65_HS1-834228961_62-HQ-83894_Section_5
Agency: FBI
Page 105
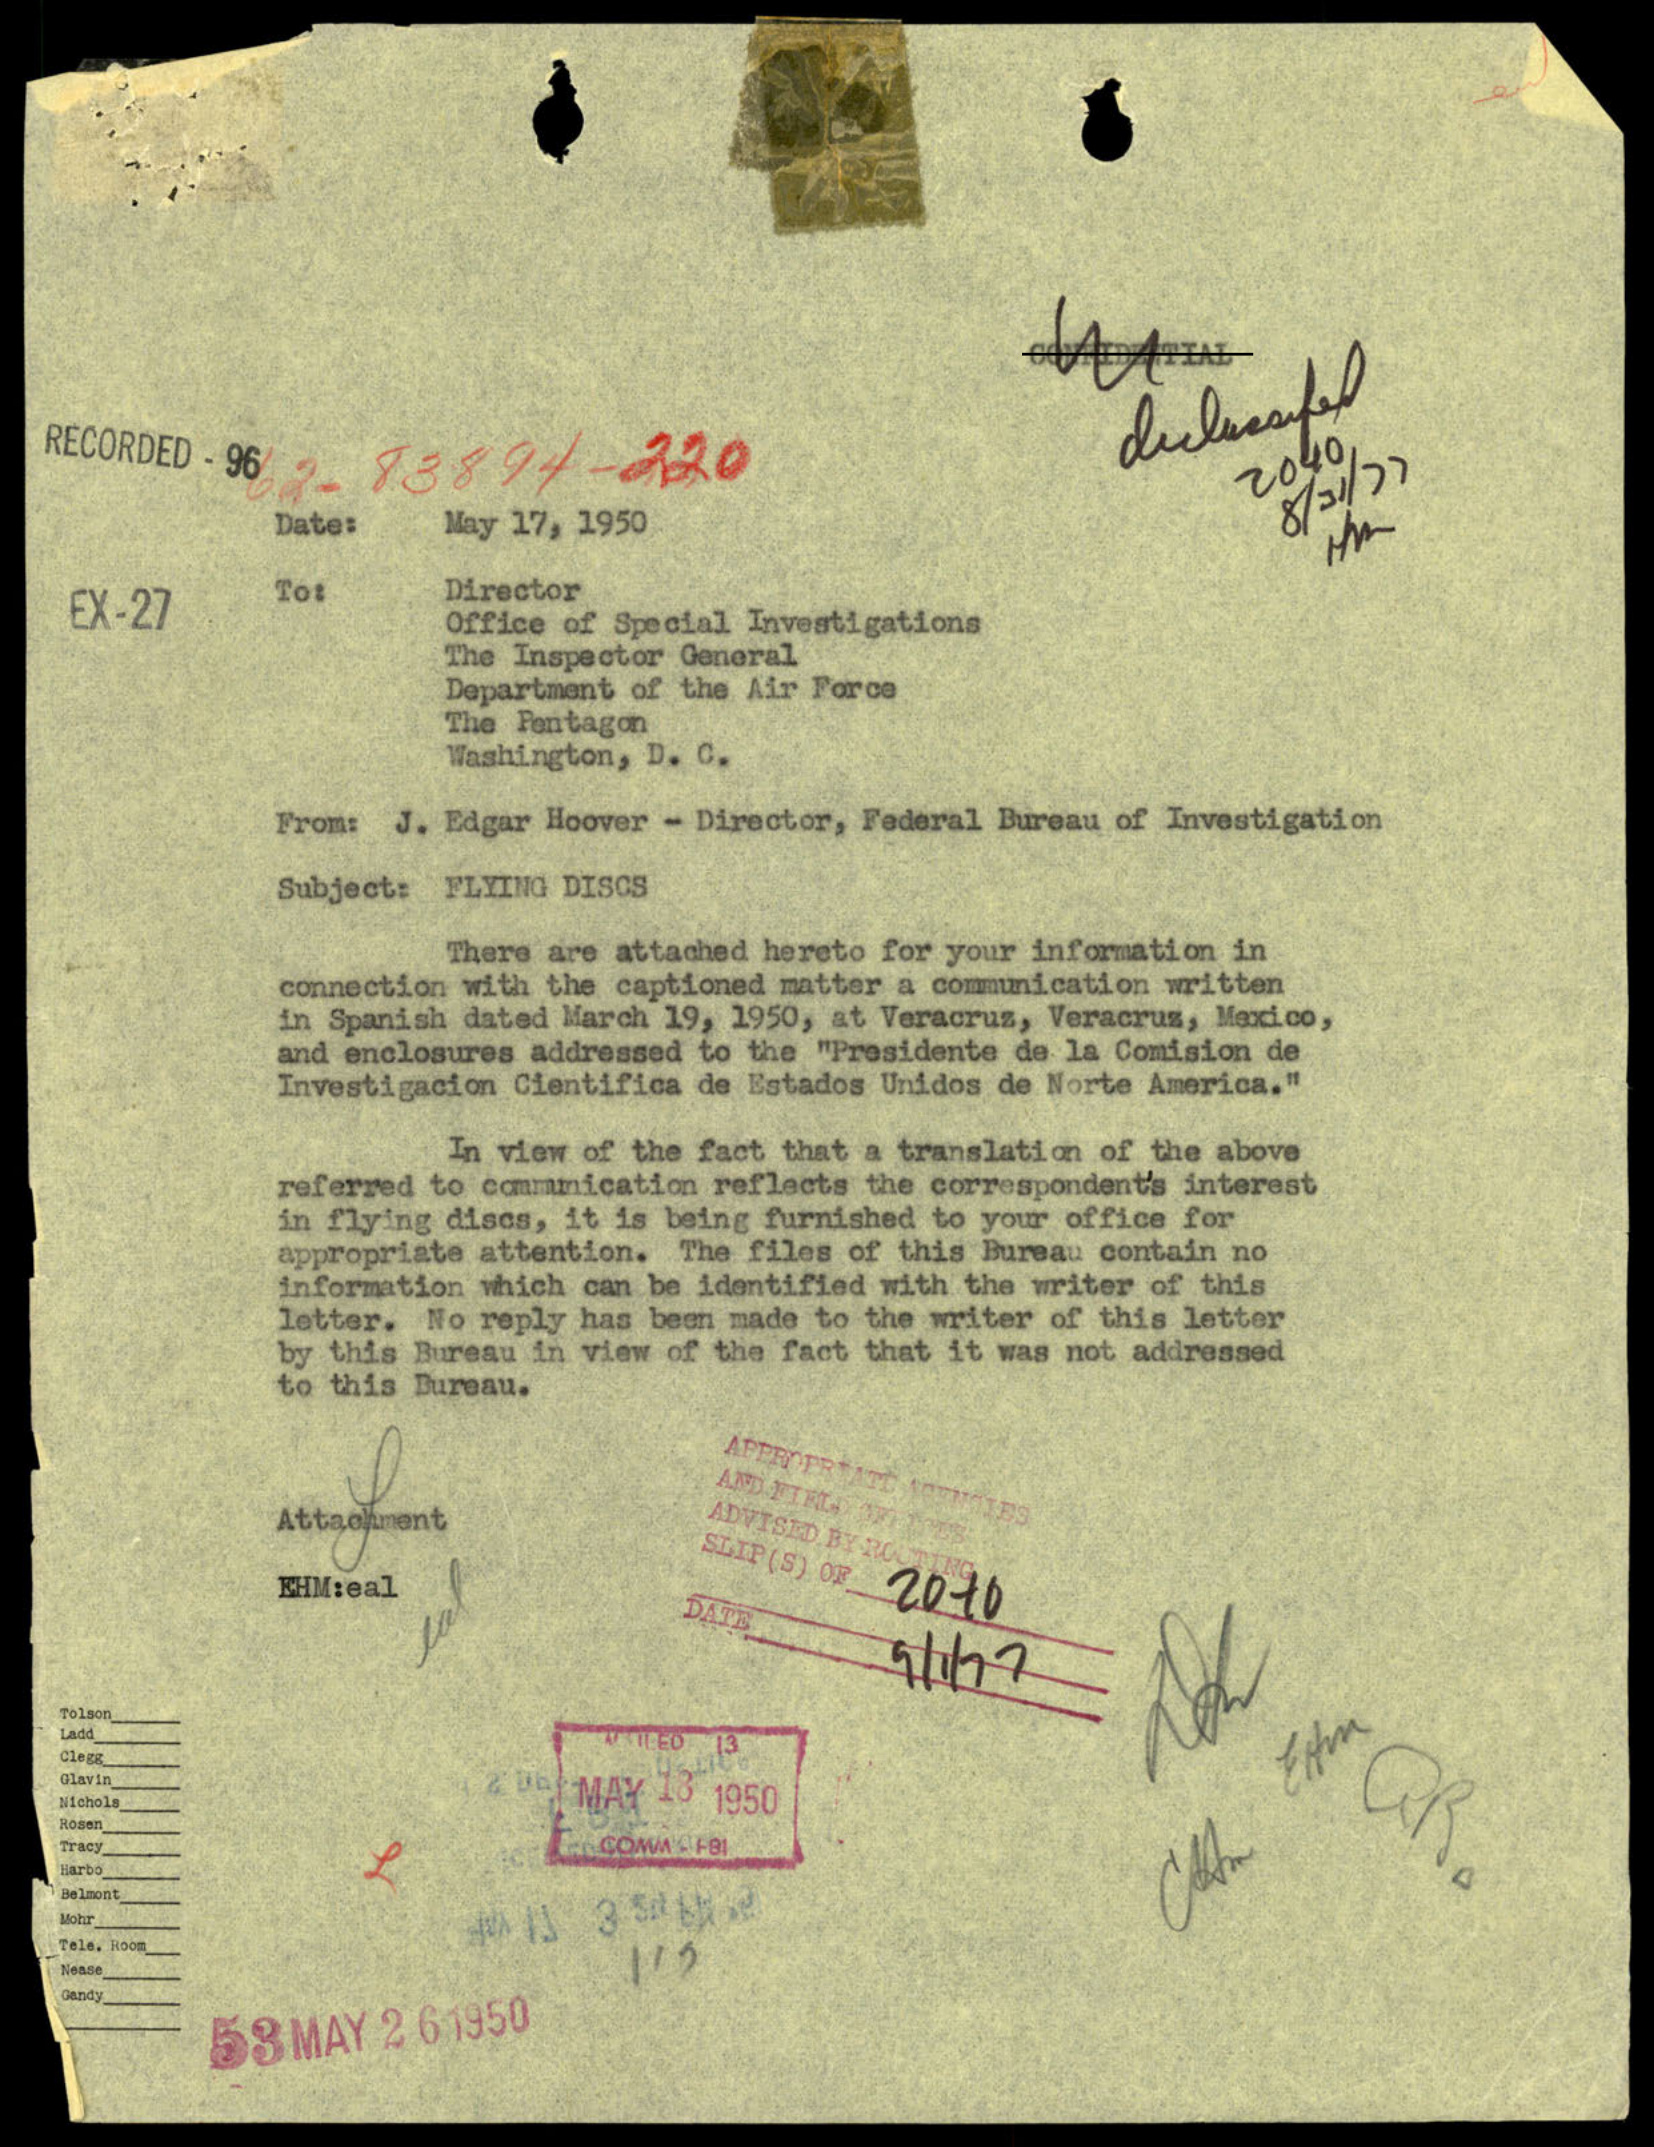